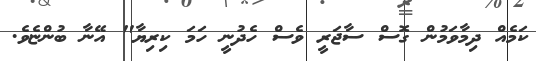
ކަމެއް ދިމާވަމުން ގޮސް ސާޖަރީ ވެސް ހެދުނީ ހަމަ ކިރިޔާ" އޭނާ ބުންޏެވެ.